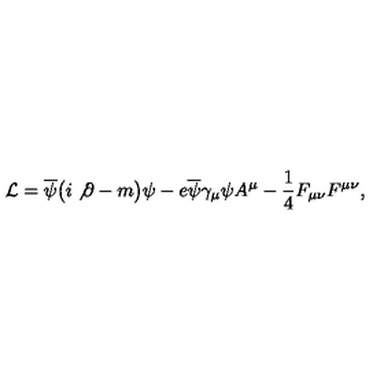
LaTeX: { \cal L } = \overline { { \psi } } \bigl ( i \not { { } \partial } - m \bigr ) \psi - e \overline { { \psi } } \gamma _ { \mu } \psi A ^ { \mu } - { \frac { 1 } { 4 } } F _ { \mu \nu } F ^ { \mu \nu } ,